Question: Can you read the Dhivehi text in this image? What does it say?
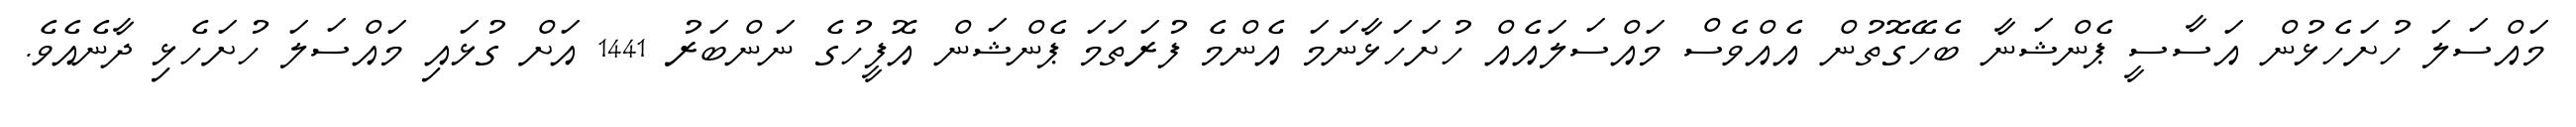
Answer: މައްސަލަ ހުށަހެޅުން އަސާސީ ޕެންޝަނާ ބެހޭގޮތުން އެއްވެސް މައްސަލައެއް ހުށަހަޅާނަމަ އެންމެ ފުރަތަމަ ޕެންޝަން އޮފީހުގެ ނަންބަރު 1441 އަށް ގުޅައި މައްސަލަ ހުށަހެޅި ދާނެއެވެ.